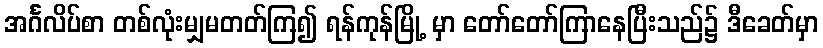
အင်္ဂလိပ်စာ တစ်လုံးမျှမတတ်ကြ၍ ရန်ကုန်မြို့ မှာ တော်တော်ကြာနေပြီးသည်၌ ဒီခေတ်မှာ